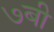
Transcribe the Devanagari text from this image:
७बी